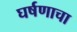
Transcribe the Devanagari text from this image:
घर्षणाचा